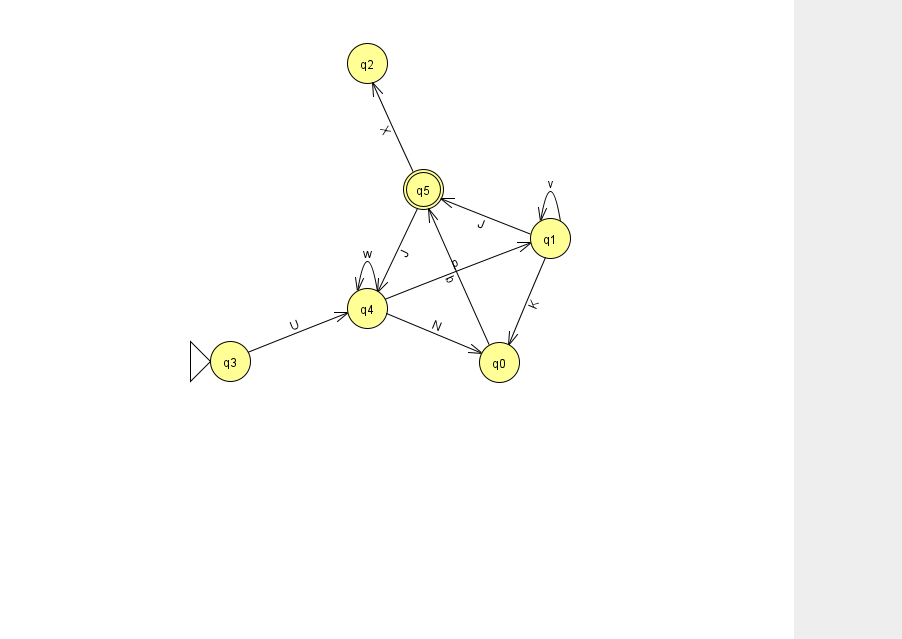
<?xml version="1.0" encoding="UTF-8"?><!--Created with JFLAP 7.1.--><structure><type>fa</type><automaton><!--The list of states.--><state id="0" name="q0"><x>499.0</x><y>349.0</y></state><state id="1" name="q1"><x>550.0</x><y>225.0</y></state><state id="2" name="q2"><x>367.0</x><y>50.0</y></state><state id="3" name="q3"><x>230.0</x><y>348.0</y><initial/></state><state id="4" name="q4"><x>367.0</x><y>295.0</y></state><state id="5" name="q5"><x>423.0</x><y>176.0</y><final/></state><!--The list of transitions.--><transition><from>1</from><to>0</to><read>K</read></transition><transition><from>1</from><to>1</to><read>v</read></transition><transition><from>5</from><to>4</to><read>J</read></transition><transition><from>4</from><to>4</to><read>w</read></transition><transition><from>0</from><to>5</to><read>b</read></transition><transition><from>1</from><to>5</to><read>J</read></transition><transition><from>4</from><to>0</to><read>N</read></transition><transition><from>3</from><to>4</to><read>U</read></transition><transition><from>5</from><to>2</to><read>X</read></transition><transition><from>4</from><to>1</to><read>p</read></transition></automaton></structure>